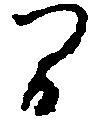
間